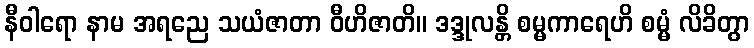
နီဝါရော နာမ အရညေ သယံဇာတာ ဝီဟိဇာတိ။ ဒဒ္ဒုလန္တိ စမ္မကာရေဟိ စမ္မံ လိခိတွာ